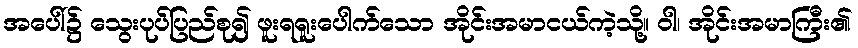
အပေါ်၌ သွေးပုပ်ပြည်စု၍ ဖူးရရူးပေါက်သော အိုင်းအမာငယ်ကဲ့သို့။ ဝါ၊ အိုင်းအမာကြီး၏